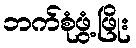
ဘက်စုံဖွံ့ဖြိုး